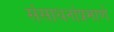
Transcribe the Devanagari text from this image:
संसाधनांप्रमाणे